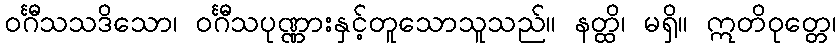
ဝင်္ဂီသသဒိသော၊ ဝင်္ဂီသပုဏ္ဏားနှင့်တူသောသူသည်။ နတ္ထိ၊ မရှိ။ ဣတိဝုတ္တေ၊